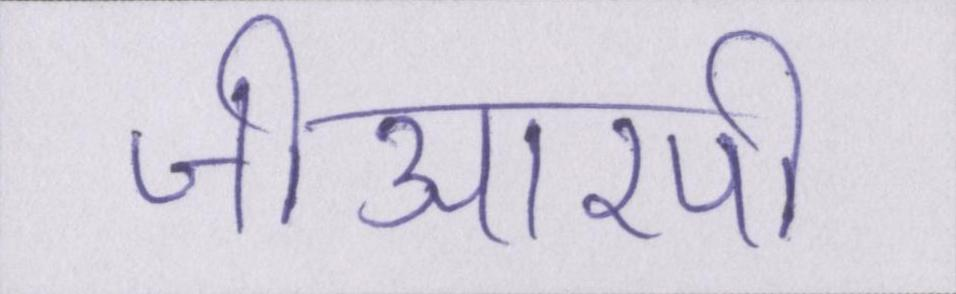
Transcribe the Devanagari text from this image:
जीआरपी